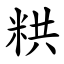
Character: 粠